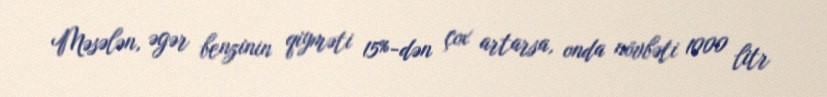
Məsələn, əgər benzinin qiyməti 15%-dən çox artarsa, onda növbəti 1000 litr